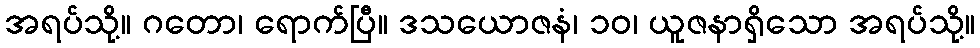
အရပ်သို့။ ဂတော၊ ရောက်ပြီ။ ဒသယောဇနံ၊ ၁၀၊ ယူဇနာရှိသော အရပ်သို့။